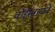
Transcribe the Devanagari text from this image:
वॉईसरायचे